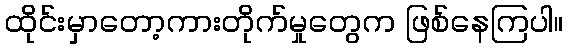
ထိုင်းမှာတော့ကားတိုက်မှုတွေက ဖြစ်နေကြပါ။